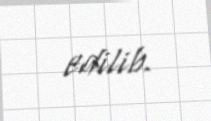
edilib.